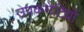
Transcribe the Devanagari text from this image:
उपकमेटियों